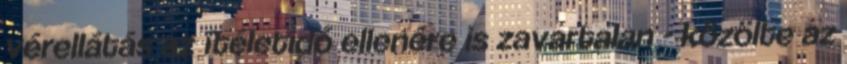
vérellátás az ítéletidő ellenére is zavartalan - közölte az